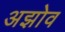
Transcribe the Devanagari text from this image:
अझोव